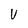
Character: V